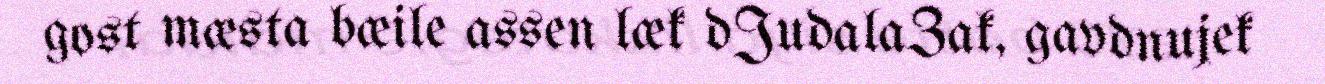
gost mæsta bæile assen læk dJudalaZak, gavdnujek